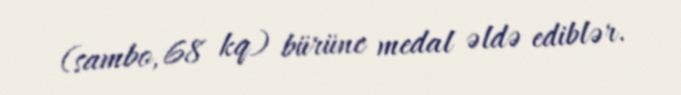
(sambo, 68 kq) bürünc medal əldə ediblər.